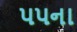
૫૫ના